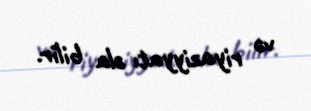
və riyaziyyatı əla bilir.